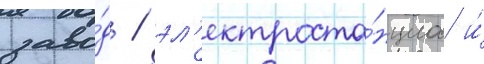
заво́д / эл'ектроста́нциа и́